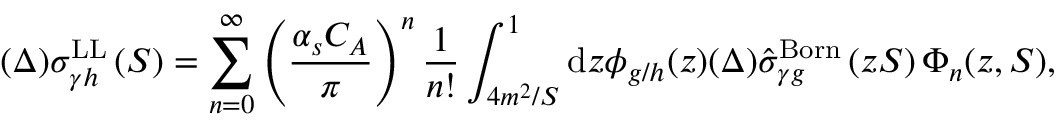
( \Delta ) \sigma _ { \gamma h } ^ { \mathrm { L L } } \left( S \right) = \sum _ { n = 0 } ^ { \infty } \left( \frac { \alpha _ { s } C _ { A } } { \pi } \right) ^ { n } \frac { 1 } { n ! } \int _ { 4 m ^ { 2 } / S } ^ { 1 } \mathrm { d } z \phi _ { g / h } ( z ) ( \Delta ) \hat { \sigma } _ { \gamma g } ^ { \mathrm { B o r n } } \left( z S \right) \Phi _ { n } ( z , S ) ,